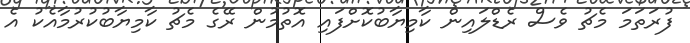
ފުރަތަމަ މެޗު ވެސް ރެޑްލައިން ކާމިޔާބުކޮށްފައި އޮތުމުން ރޭގެ މެޗު ކާމިޔާބުކުރުމާއެކު އެ